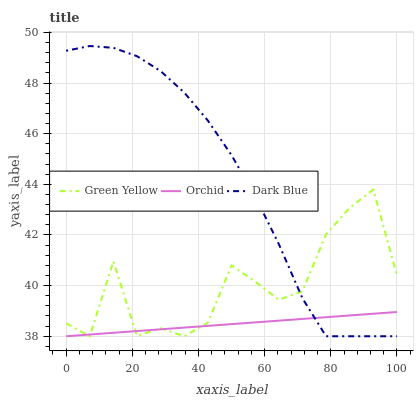
| xaxis_label | Green Yellow | Orchid | Dark Blue |
 | --- | --- | --- | --- |
 | 0 | 38.5 | 38 | 49.3 |
 | 7.14 | 38 | 38.1 | 49.5 |
 | 14.3 | 41 | 38.1 | 49.4 |
 | 21.4 | 38 | 38.2 | 49.1 |
 | 28.6 | 38.3 | 38.3 | 48.5 |
 | 35.7 | 38 | 38.3 | 47.6 |
 | 42.9 | 38.5 | 38.4 | 46.5 |
 | 50 | 40.8 | 38.5 | 45.2 |
 | 57.1 | 40.2 | 38.5 | 43.5 |
 | 64.3 | 39.4 | 38.6 | 41.6 |
 | 71.4 | 39.8 | 38.7 | 39.5 |
 | 78.6 | 42 | 38.8 | 38 |
 | 85.7 | 43.1 | 38.8 | 38 |
 | 92.9 | 43.8 | 38.9 | 38 |
 | 100 | 40.4 | 39 | 38 |